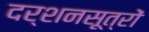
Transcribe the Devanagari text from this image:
दर्शनसूत्रों